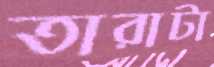
তারাটা